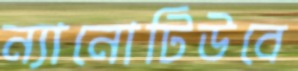
ন্যানোটিউবে